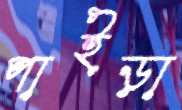
পাইড়া